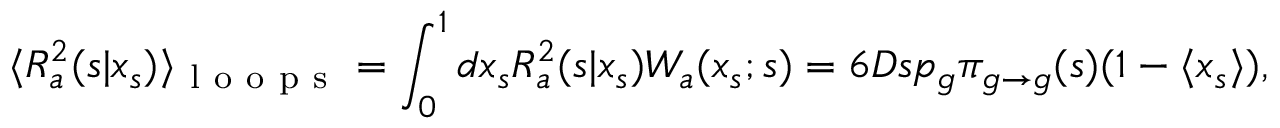
\langle { \cal R } _ { a } ^ { 2 } ( s | x _ { s } ) \rangle _ { \mathrm { ~ l ~ o ~ o ~ p ~ s ~ } } = \int _ { 0 } ^ { 1 } d x _ { s } { \cal R } _ { a } ^ { 2 } ( s | x _ { s } ) { \cal W } _ { a } ( x _ { s } ; s ) = 6 D s p _ { g } \pi _ { g \to g } ( s ) ( 1 - \langle x _ { s } \rangle ) ,